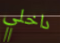
داخلي